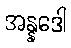
အန္နဒေါ